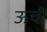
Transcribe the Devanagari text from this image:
ऊचीं